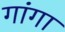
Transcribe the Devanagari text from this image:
गांगा